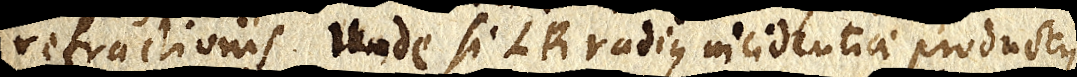
refractionis. Unde si LR radius incidentiae productus